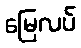
မြေလပ်